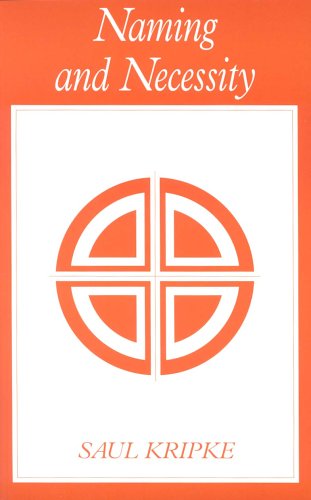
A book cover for Naming and Necessity; Saul A. Kripke; Politics & Social Sciences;